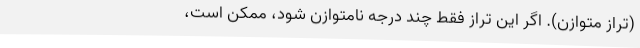
(تراز متوازن). اگر این تراز فقط چند درجه نامتوازن شود، ممکن است،